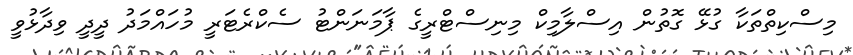
މިސްކިތްތަކާ ގުޅޭ ގޮތުން އިސްލާމިކް މިނިސްޓްރީގެ ޕާމަނަންޓު ސެކްރެޓަރީ މުހައްމަދު ދީދީ ވިދާޅުވީ